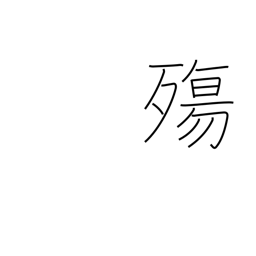
Meaning: dying at a young age